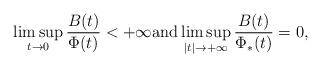
LaTeX: \begin{align*} \limsup_{t\rightarrow 0}\frac{B(t)}{\Phi(t)}< +\infty \mbox{and} \limsup_{|t|\rightarrow +\infty}\frac{B(t)}{\Phi_{*}(t)}=0, \end{align*}